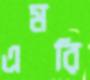
এমরি